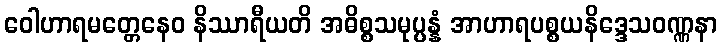
ဝေါဟာရမတ္တေနေဝ နိဿာရီယတိ အဓိစ္စသမုပ္ပန္နံ အာဟာရပစ္စယနိဒ္ဒေသဝဏ္ဏနာ